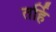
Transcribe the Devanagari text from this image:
तर्हि